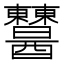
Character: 𨤈